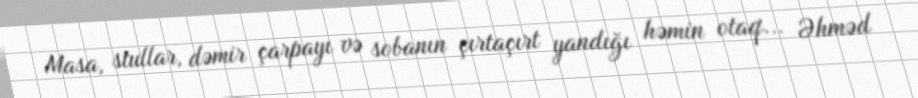
Masa, stullar, dəmir çarpayı və sobanın çırtaçırt yandığı həmin otaq... Əhməd